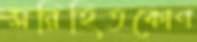
সন্নিহিতকোণ